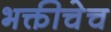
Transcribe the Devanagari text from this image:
भक्तीचेच